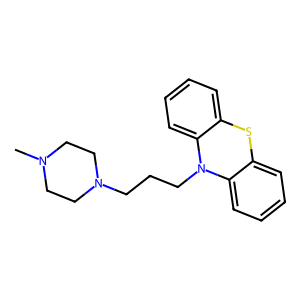
SMILES: CN1CCN(CCCN2c3ccccc3Sc3ccccc32)CC1
Inhibits HIV replication: No